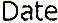
DATE